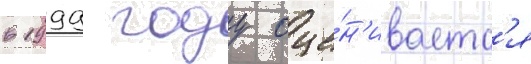
в 1999 году оце́н'иваетс'я